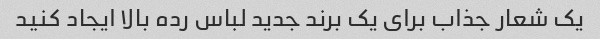
یک شعار جذاب برای یک برند جدید لباس رده بالا ایجاد کنید